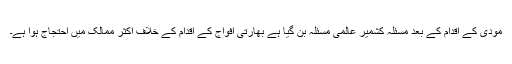
مودی کے اقدام کے بعد مسئلہ کشمیر عالمی مسئلہ بن گیا ہے بھارتی افواج کے اقدام کے خلاف اکثر ممالک میں احتجاج ہوا ہے۔